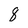
Character: 8